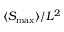
\langle S _ { \mathrm { m a x } } \rangle / L ^ { 2 }